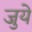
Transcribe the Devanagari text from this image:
जुये